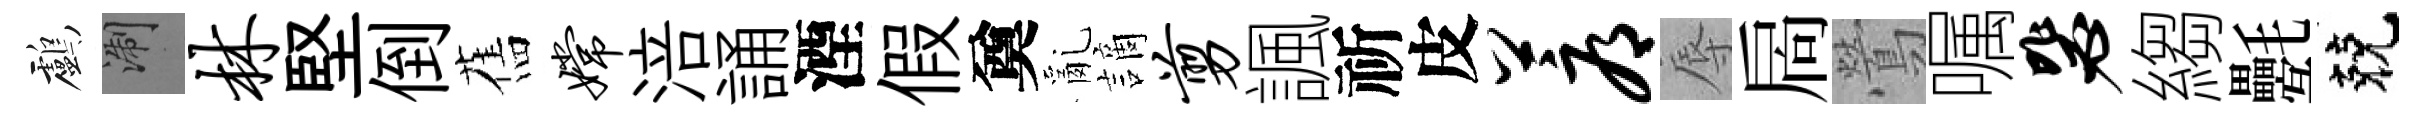
鸕浙林堅倒舊嫦涪誦湮假奠亂謫剪諷祈皮蓐辱扄鶯嘱毖縐氎兢